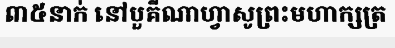
៣៥នាក់ នៅបួគីណាហ្វាសូព្រះមហាក្សត្រ